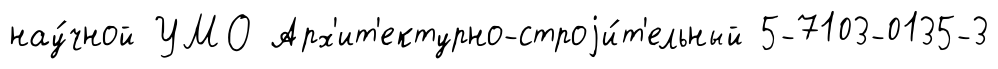
нау́чной УМО Арх'ит'ектурно-строjи́т'ельный 5-7103-0135-3